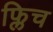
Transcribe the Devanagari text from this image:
फ्लिच